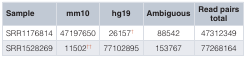
| Sample | mm10 | hg19 | Ambiguous | Read pairstotal |
 | --- | --- | --- | --- | --- |
 | SRR1176814 | 47197650 | 26157† | 88542 | 47312349 |
 | SRR1528269 | 11502†† | 77102895 | 153767 | 77268164 |